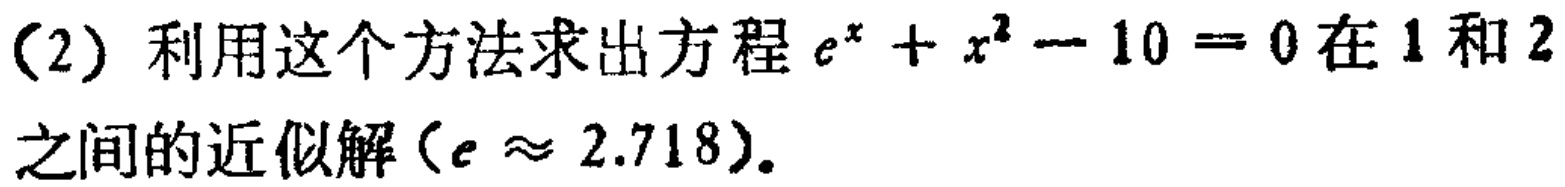
(2) 利用这个方法求出方程 \(e^{x}+x^{2}-10 = 0\) 在 \(1\) 和 \(2\) 之间的近似解（\(e\approx 2.718\)）。